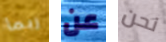
ربما عن نحن